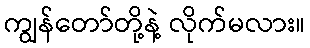
ကျွန်တော်တို့နဲ့ လိုက်မလား။